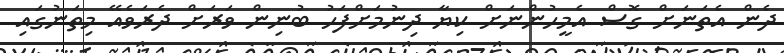
ދެން އެތަނަށް ގޮސް އެމީހުންނަށް ކިޔާ ދިނުމަށްފަހު ބުނިން ވަރަށް ދެރަވެއޭ މިތަނުގައި